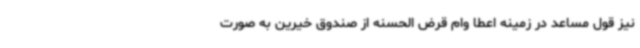
نیز قول مساعد در زمینه اعطا وام قرض الحسنه از صندوق خیرین به صورت